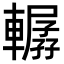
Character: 轏